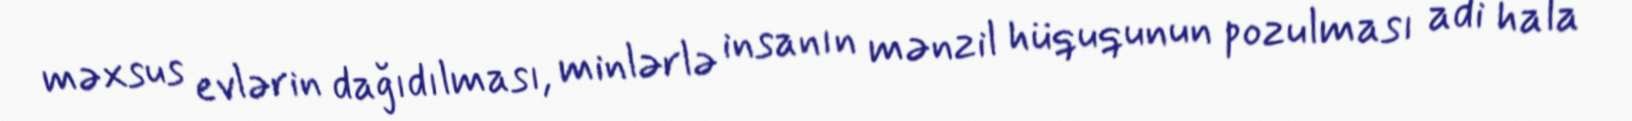
məxsus evlərin dağıdılması, minlərlə insanın mənzil hüququnun pozulması adi hala